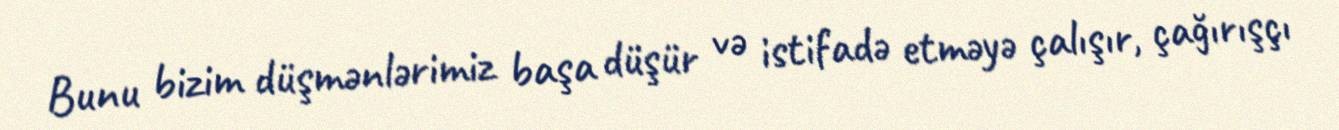
Bunu bizim düşmənlərimiz başa düşür və istifadə etməyə çalışır, çağırışçı